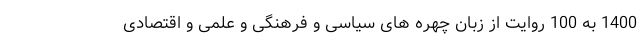
1400 به 100 روایت از زبان چهره های سیاسی و فرهنگی و علمی و اقتصادی